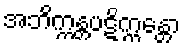
အဘိက္ကန္တပဋိက္ကန္တော